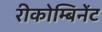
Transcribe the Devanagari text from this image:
रीकोम्बिनेंट